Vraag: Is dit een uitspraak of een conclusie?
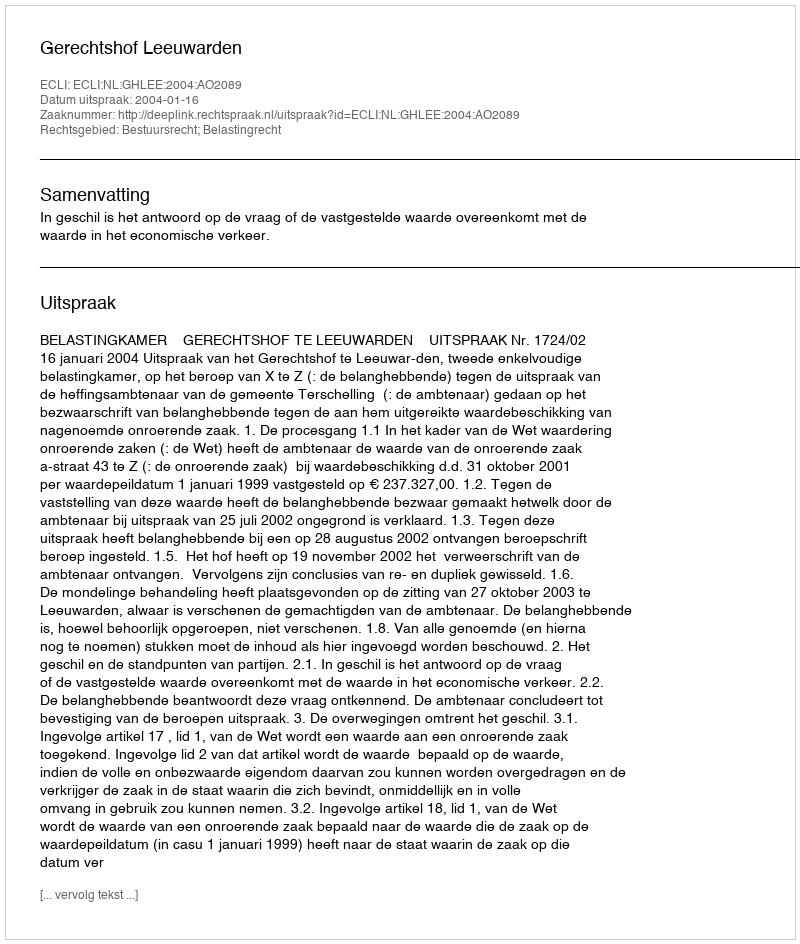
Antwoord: Uitspraak